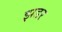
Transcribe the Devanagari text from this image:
झडर